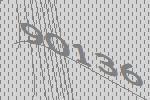
90136